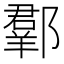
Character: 𨞗